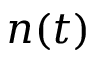
n ( t )